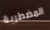
المضطربة